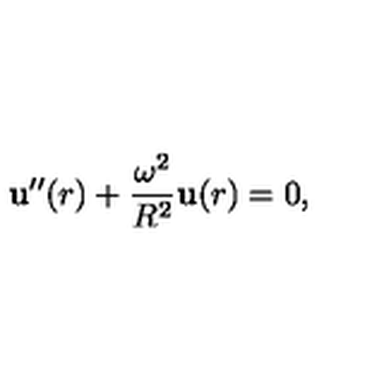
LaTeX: { \bf u } ^ { \prime \prime } ( r ) + \frac { \omega ^ { 2 } } { R ^ { 2 } } { \bf u } ( r ) = 0 { , }